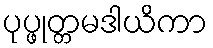
ပုပ္ဖုတ္တမဒါယိကာ